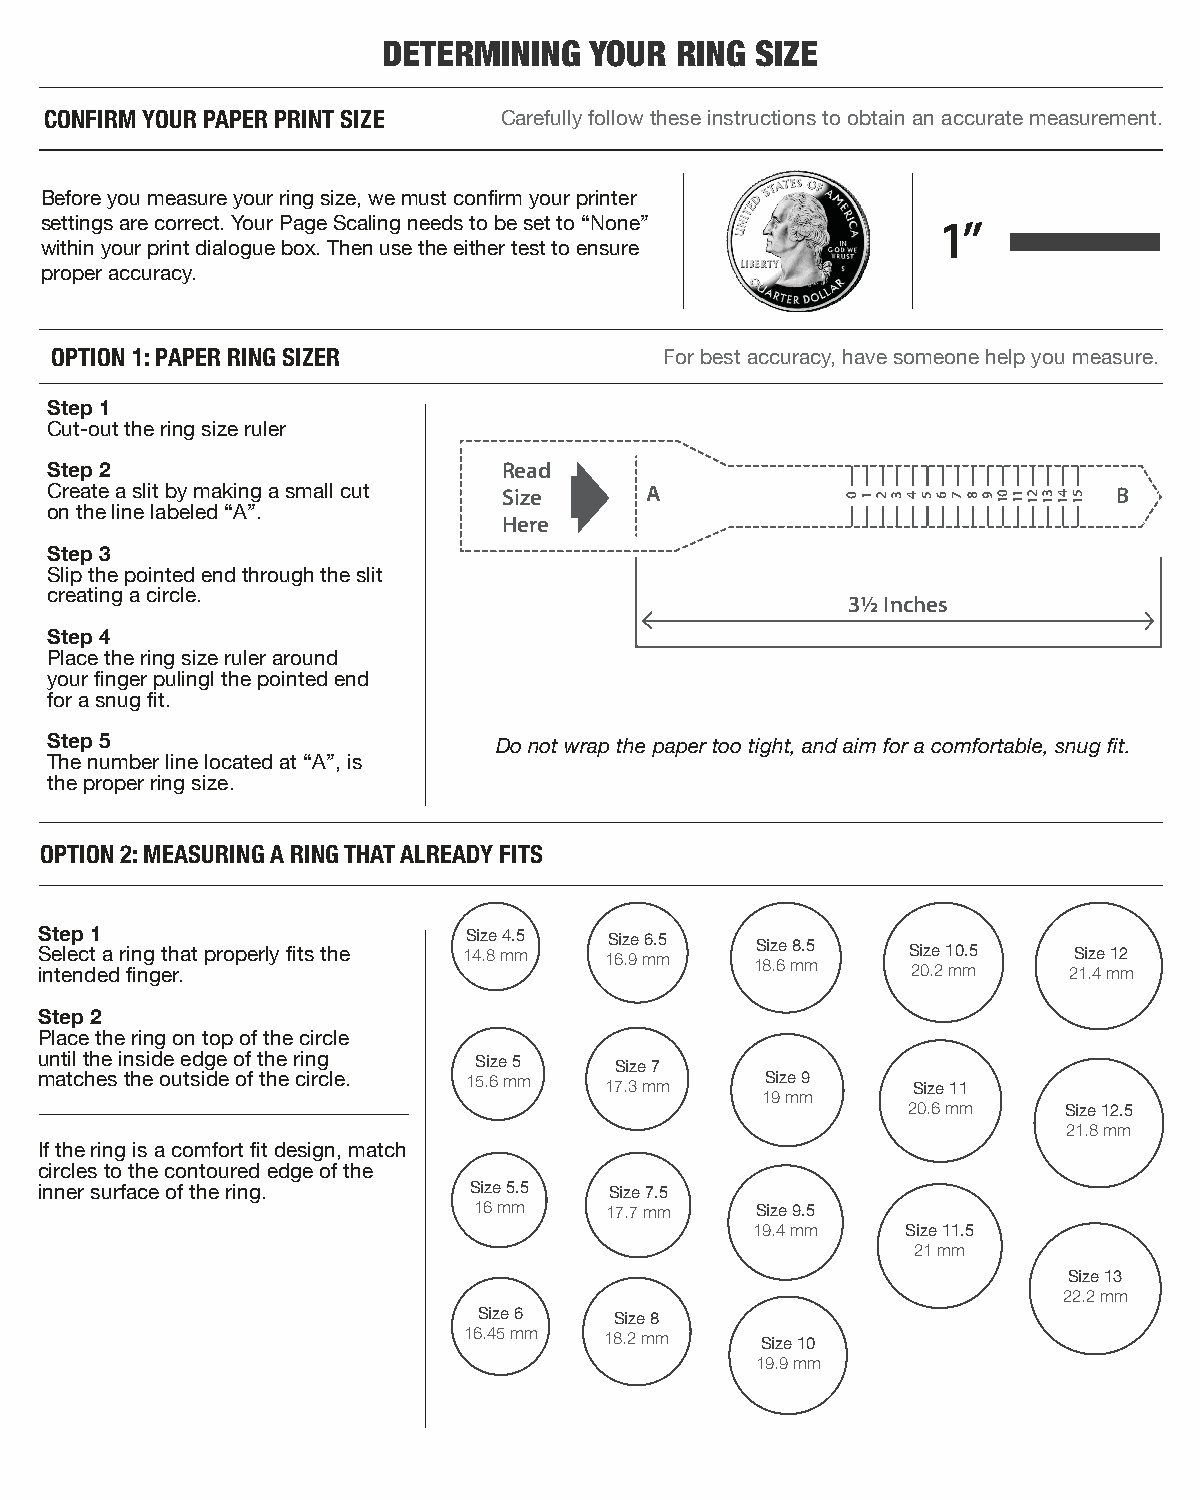
DETERMINING   YOUR  RING SIZE
 CONFIRM YOUR PAPER PRINT SIZE Carefully follow these instructions to obtain an accurate measurement.
 Before you measure your ring size, we must confirm your printer
 1”
 settings are correct. Your Page Scaling needs to be set to “None”
 within your print dialogue box. Then use the either test to ensure
 proper accuracy.
 OPTION 1: PAPER RING SIZER               For best accuracy, have someone help you measure.
 Step 1
 Cut-out the ring size ruler
 Step 2                        Read
 Create a slit by making a small cut Size A                             B
 on the line labeled “A”.
 Here
 Step 3
 Slip the pointed end through the slit
 creating a circle.                                   3½ Inches
 Step 4
 Place the ring size ruler around
 your finger pulingl the pointed end
 for a snug fit.
 Step 5                        Do not wrap the paper too tight, and aim for a comfortable, snug fit.
 The number line located at “A”, is
 the proper ring size.
 OPTION 2: MEASURING A RING THAT ALREADY FITS
 S S inet te elep nc d1 t
 e
 a
 d
 r fin ing
 g
 eth r.at properly fits the 1S 4iz .8e m4. m5 1S 6iz .9e m6. m5 1S 8iz .6e m8. m5 S 2i 0z .e
 2
 1 m0 m.5 2S 1i .z 4e m12
 m
 Step 2
 Place the ring on top of the circle
 until the inside edge of the ring Size 5 Size 7
 matches the outside of the circle. 15.6 mm 17.3 mm 1S 9iz me m9 Size 11
 20.6 mm   Size 12.5
 21.8 mm
 If the ring is a comfort fit design, match
 circles to the contoured edge of the
 inner surface of the ring.  Size 5.5 Size 7.5
 16 mm    17.7 mm   Size 9.5
 19.4 mm   Size 11.5
 21 mm
 Size 13
 22.2 mm
 Size 6   Size 8
 16.45 mm 18.2 mm
 Size 10
 19.9 mm
 0 1 2 3 4 5 6 7 8 9 01 11 21 31 41 51